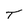
Character: T